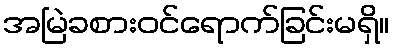
အမြဲခစားဝင်ရောက်ခြင်းမရှိ။